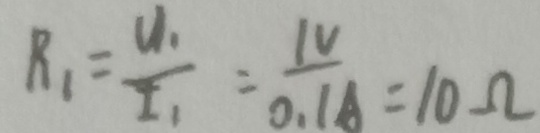
R _ { 1 } = \frac { U _ { 1 } } { I _ { 1 } } = \frac { 1 V } { 0 . 1 A } = 1 0 \Omega